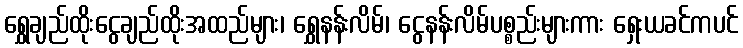
ရွှေချည်ထိုးငွေချည်ထိုးအထည်များ၊ ရွှေနန်းလိမ်၊ ငွေနန်းလိမ်ပစ္စည်းများကား ရှေးယခင်ကပင်